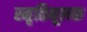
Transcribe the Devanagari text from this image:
स्मृतिमूलक